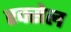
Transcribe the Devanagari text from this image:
रक्सेल